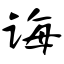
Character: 诲